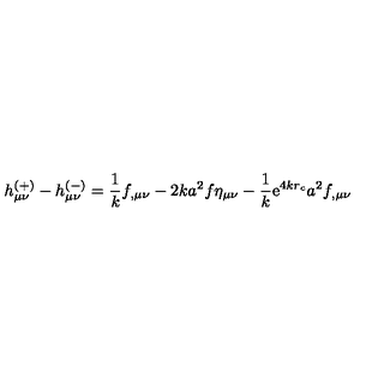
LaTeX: h _ { \mu \nu } ^ { ( + ) } - h _ { \mu \nu } ^ { ( - ) } = \frac { 1 } { k } f _ { , \mu \nu } - 2 k a ^ { 2 } f \eta _ { \mu \nu } - \frac { 1 } { k } \mathrm { e } ^ { 4 k r _ { c } } a ^ { 2 } f _ { , \mu \nu }